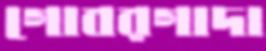
গোবরগাদা